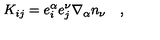
K _ { i j } = e _ { i } ^ { \alpha } e _ { j } ^ { \nu } \nabla _ { \alpha } n _ { \nu } \quad ,